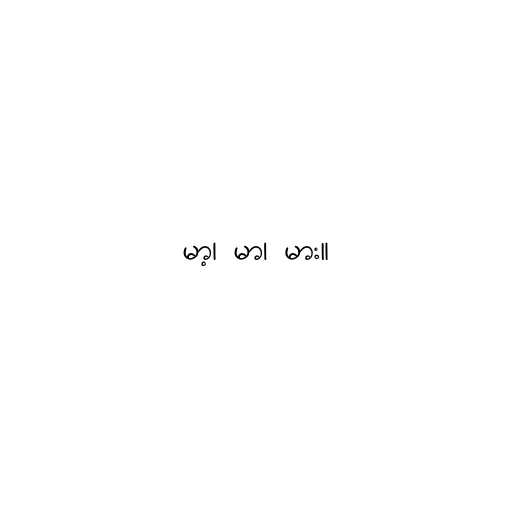
မာ့၊ မာ၊ မား။